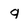
Character: g